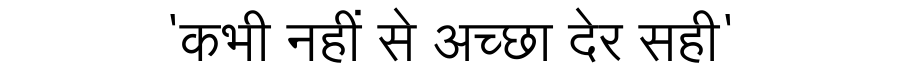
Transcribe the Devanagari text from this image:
'कभी नहीं से अच्छा देर सही'